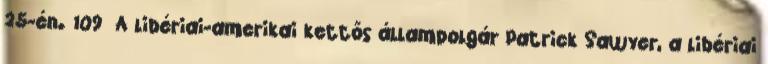
25-én. 109 A libériai-amerikai kettős állampolgár Patrick Sawyer, a libériai